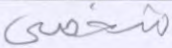
شخصي